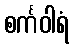
စင်္ကဝါရံ